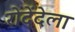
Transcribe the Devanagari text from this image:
रोदेंदेला